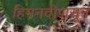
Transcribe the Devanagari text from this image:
हिमनदीपासून